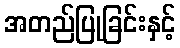
အတည်ပြုခြင်းနှင့်